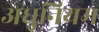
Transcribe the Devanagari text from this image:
अधुनियम